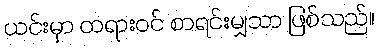
ယင်းမှာ တရားဝင် စာရင်းမျှသာ ဖြစ်သည်။